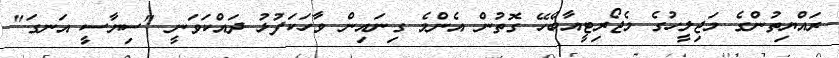
ރައްޔިތުންގެ މަޖިލީހުގެ މެޖޯރިޓީއާބެހޭ ގޮތުން އެންމެ ގިނައިން ވާހަކަފުޅު ދައްކަވަނީ "ސިޔާސީ އަނގަ"